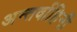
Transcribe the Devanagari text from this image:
अन्तर्वाहिनी